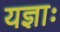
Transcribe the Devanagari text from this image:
यज्ञाः